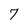
Character: 7